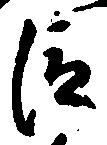
臣